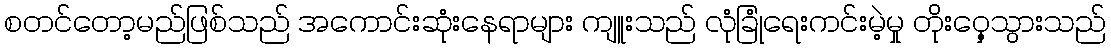
စတင်တော့မည်ဖြစ်သည် အကောင်းဆုံးနေရာများ ကျူးသည် လုံခြုံရေးကင်းမဲ့မှု တိုးဝှေ့သွားသည်